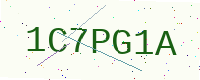
Text: 1C7PG1A